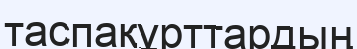
таспақұрттардың